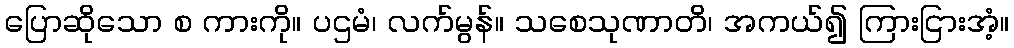
ပြောဆိုသော စ ကားကို။ ပဌမံ၊ လက်မွန်။ သစေသုဏာတိ၊ အကယ်၍ ကြားငြားအံ့။